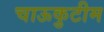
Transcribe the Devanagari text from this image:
चाऊकुटीम